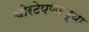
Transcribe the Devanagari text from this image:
चोरटेपणाच्या